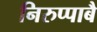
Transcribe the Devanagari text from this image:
निरुप्पाबै